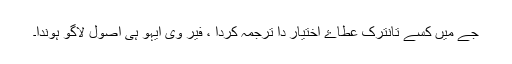
جے میں کسے تانترک عطاۓ اختیار دا ترجمہ کردا ، فیر وی ایہو ہی اصول لاگو ہوندا۔